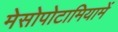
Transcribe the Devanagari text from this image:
मेसोपोटामियामें